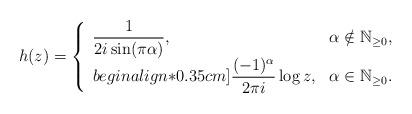
LaTeX: \begin{align*}h(z) = \left\{ \begin{array}{l l}\displaystyle \frac{1}{2 i \sin(\pi \alpha)}, & \alpha \notin \mathbb{N}_{\geq 0}, \\begin{align*}0.35cm]\displaystyle \frac{(-1)^{\alpha}}{2\pi i} \log z, & \alpha \in \mathbb{N}_{\geq 0}.\end{array} \right.\end{align*}